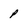
Character: P